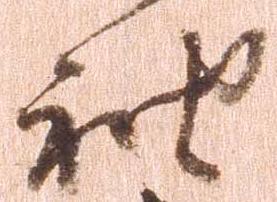
袖